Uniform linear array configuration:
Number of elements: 64
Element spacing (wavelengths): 0.25
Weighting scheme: blackman
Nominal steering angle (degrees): -60
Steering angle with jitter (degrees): -59.791
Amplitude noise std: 0.05
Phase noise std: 0.05

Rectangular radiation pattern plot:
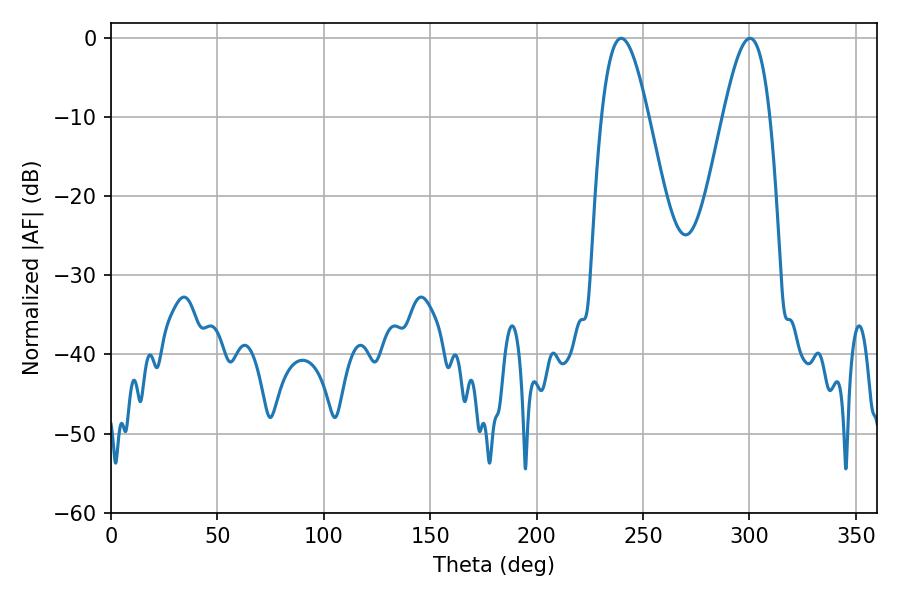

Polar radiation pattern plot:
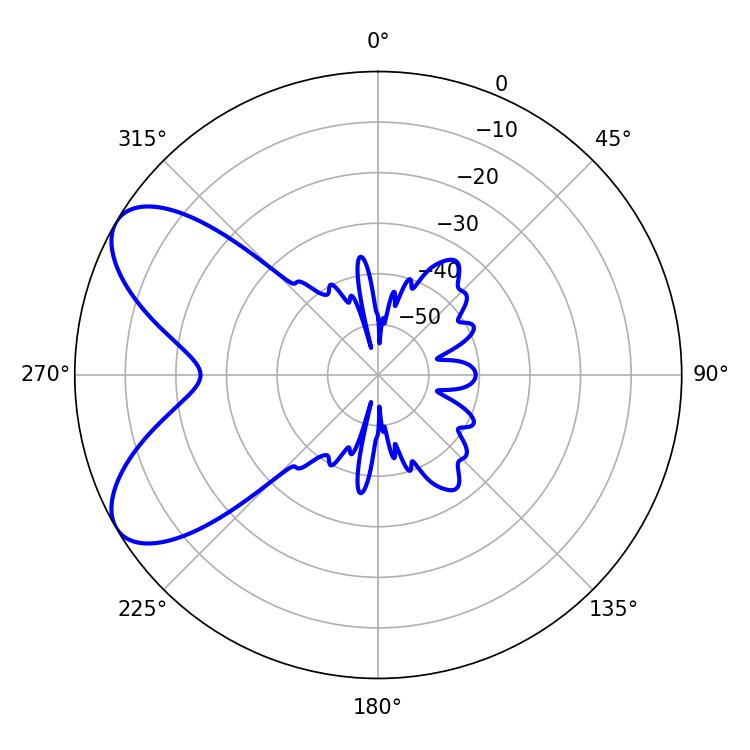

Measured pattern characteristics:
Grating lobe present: FALSE
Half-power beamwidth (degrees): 11.88
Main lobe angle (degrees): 239.76